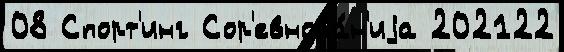
08 Спорт'инг Сор'евнова́н'иjа 202122